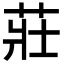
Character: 莊